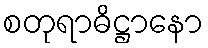
စတုရာဓိဋ္ဌာနော